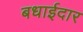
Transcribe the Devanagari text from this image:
बधाईदार